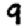
Digit: 9